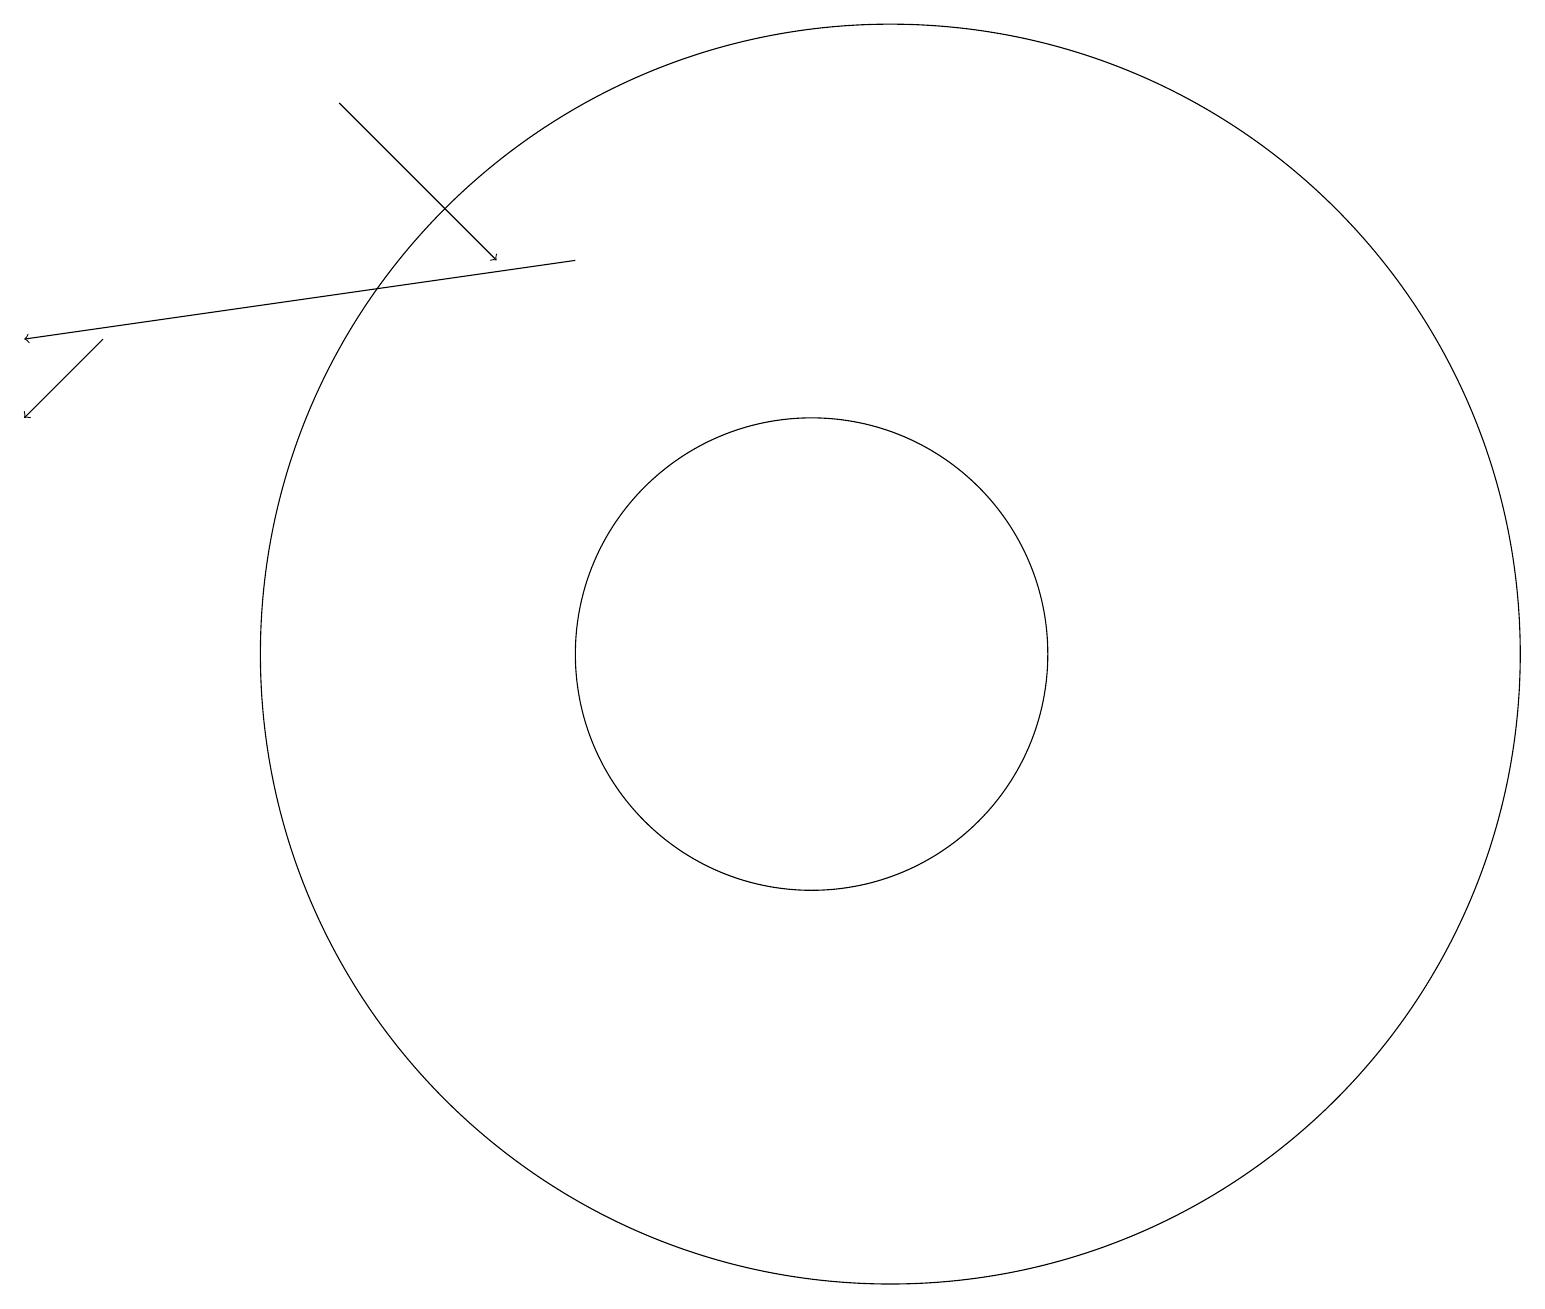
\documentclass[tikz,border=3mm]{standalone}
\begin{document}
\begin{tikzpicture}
\draw (12,11) circle (8);
\draw[->] (8,16) -- (1,15);
\draw[->] (2,15) -- (1,14);
\draw[->] (5,18) -- (7,16);
\draw (11,11) circle (3);
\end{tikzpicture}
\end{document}